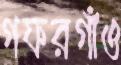
গফরগাঁও